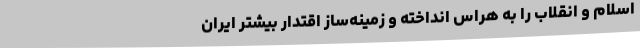
اسلام و انقلاب را به هراس انداخته و زمینه‌ساز اقتدار بیشتر ایران